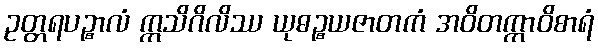
ဥတ္တရပဉ္စာလံ ဣသိဂိလိဿ ယုဓဉ္စယဇာတကံ အဝိတက္ကာဝိစာရံ